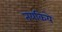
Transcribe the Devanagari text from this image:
तयकिये